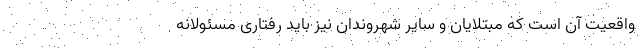
واقعیت آن است که مبتلایان و سایر شهروندان نیز باید رفتاری مسئولانه